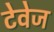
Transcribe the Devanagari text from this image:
टेवेज